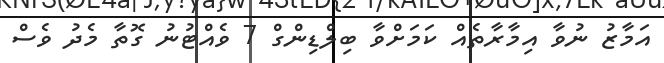
އަމާޒު ނުވާ އިމާރާތެއް ކަމަށްވާ ބިލްޑިންގް 7 ވެއްޓުނު ގޮތާ މެދު ވެސް